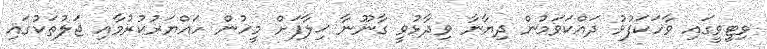
ވިޓީވީގައި ވާހަކަފުޅު ދައްކަވަމުން ދިޔާނާ ވިދާޅުވީ ގާނޫނާ ޚިލާފަށް މީހުން ހައްޔަރުކުރުމާއި ޖަލުތަކުގައި